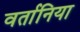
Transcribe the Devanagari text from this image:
वर्तानिया